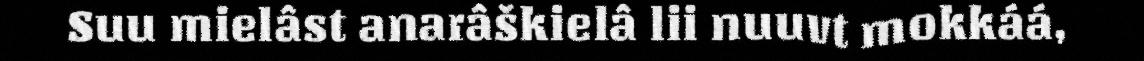
Suu mielâst anarâškielâ lii nuuvt mokkáá,